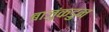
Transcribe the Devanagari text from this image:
बाजुंकडुन